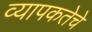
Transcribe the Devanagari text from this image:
व्यापकतेचे